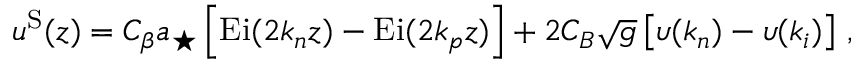
u ^ { \mathrm { S } } ( z ) = C _ { \beta } a _ { \star } \left[ \mathrm { E i } ( 2 k _ { n } z ) - \mathrm { E i } ( 2 k _ { p } z ) \right] + 2 C _ { B } \sqrt { g } \left[ \upsilon ( k _ { n } ) - \upsilon ( k _ { i } ) \right] \, ,